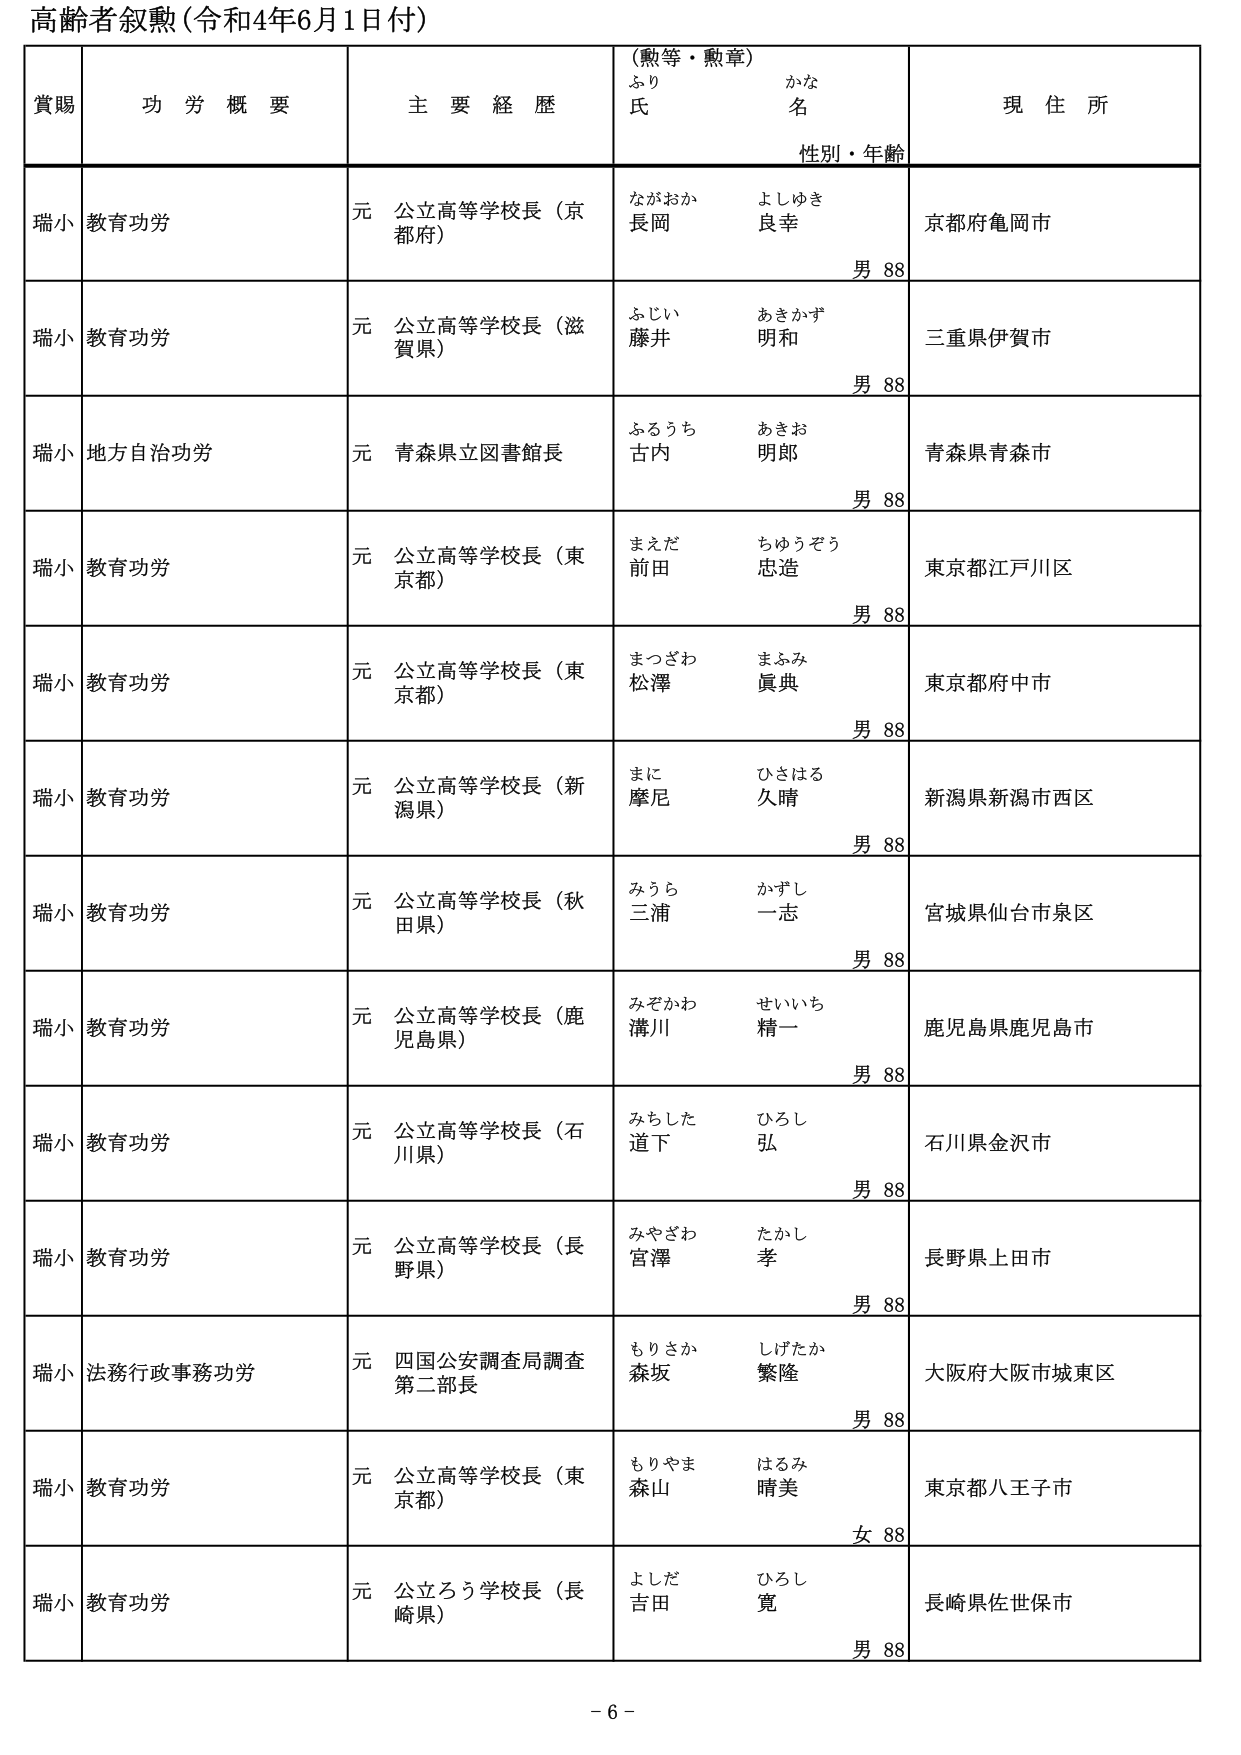
高齢者叙勲（令和4年6月1日付）

賞賜　　功労概要　　主要経歴　　（勲等・勲章）　　現住所
　　　　　　　　　　　　　　ふり　　かな
　　　　　　　　　　　　　　氏　　名
　　　　　　　　　　　　　　性別・年齢

瑞小　教育功労　　元 公立高等学校長（京都府）　　ながおか　よしゆき　　京都府亀岡市
　　　　　　　　　　　　　　　　　　　　　　　　長岡　良幸　　　　　　男 88

瑞小　教育功労　　元 公立高等学校長（滋賀県）　　ふじい　あきかず　　三重県伊賀市
　　　　　　　　　　　　　　　　　　　　　　　　藤井　明和　　　　　男 88

瑞小　地方自治功労　　元 青森県立図書館長　　ふるうち　あきお　　青森県青森市
　　　　　　　　　　　　　　　　　　　　　　　　古内　明郎　　　　　男 88

瑞小　教育功労　　元 公立高等学校長（東京都）　　まえだ　ちゅうぞう　　東京都江戸川区
　　　　　　　　　　　　　　　　　　　　　　　　前田　忠造　　　　　男 88

瑞小　教育功労　　元 公立高等学校長（東京都）　　まつざわ　まふみ　　東京都府中市
　　　　　　　　　　　　　　　　　　　　　　　　松澤　眞典　　　　　男 88

瑞小　教育功労　　元 公立高等学校長（新潟県）　　まに　ひさはる　　新潟県新潟市西区
　　　　　　　　　　　　　　　　　　　　　　　　摩尼　久晴　　　　　男 88

瑞小　教育功労　　元 公立高等学校長（秋田県）　　みうら　かずし　　宮城県仙台市泉区
　　　　　　　　　　　　　　　　　　　　　　　　三浦　一志　　　　　男 88

瑞小　教育功労　　元 公立高等学校長（鹿児島県）　　みぞかわ　せいいち　　鹿児島県鹿児島市
　　　　　　　　　　　　　　　　　　　　　　　　溝川　精一　　　　　男 88

瑞小　教育功労　　元 公立高等学校長（石川県）　　みちした　ひろし　　石川県金沢市
　　　　　　　　　　　　　　　　　　　　　　　　道下　弘　　　　　　男 88

瑞小　教育功労　　元 公立高等学校長（長野県）　　みやざわ　たかし　　長野県上田市
　　　　　　　　　　　　　　　　　　　　　　　　宮澤　孝　　　　　　男 88

瑞小　法務行政事務功労　　元 四国公安調査局調査第二部長　　もりさか　しげたか　　大阪府大阪市城東区
　　　　　　　　　　　　　　　　　　　　　　　　　　　　森坂　繁隆　　　　　男 88

瑞小　教育功労　　元 公立高等学校長（東京都）　　もりやま　はるみ　　東京都八王子市
　　　　　　　　　　　　　　　　　　　　　　　　森山　晴美　　　　　女 88

瑞小　教育功労　　元 公立ろう学校長（長崎県）　　よしだ　ひろし　　長崎県佐世保市
　　　　　　　　　　　　　　　　　　　　　　　　吉田　寛　　　　　　男 88

- 6 -